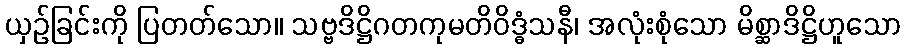
ယှဉ်ခြင်းကို ပြတတ်သော။ သဗ္ဗဒိဋ္ဌိဂတကုမတိဝိဒ္ဓံသနီ၊ အလုံးစုံသော မိစ္ဆာဒိဋ္ဌိဟူသော